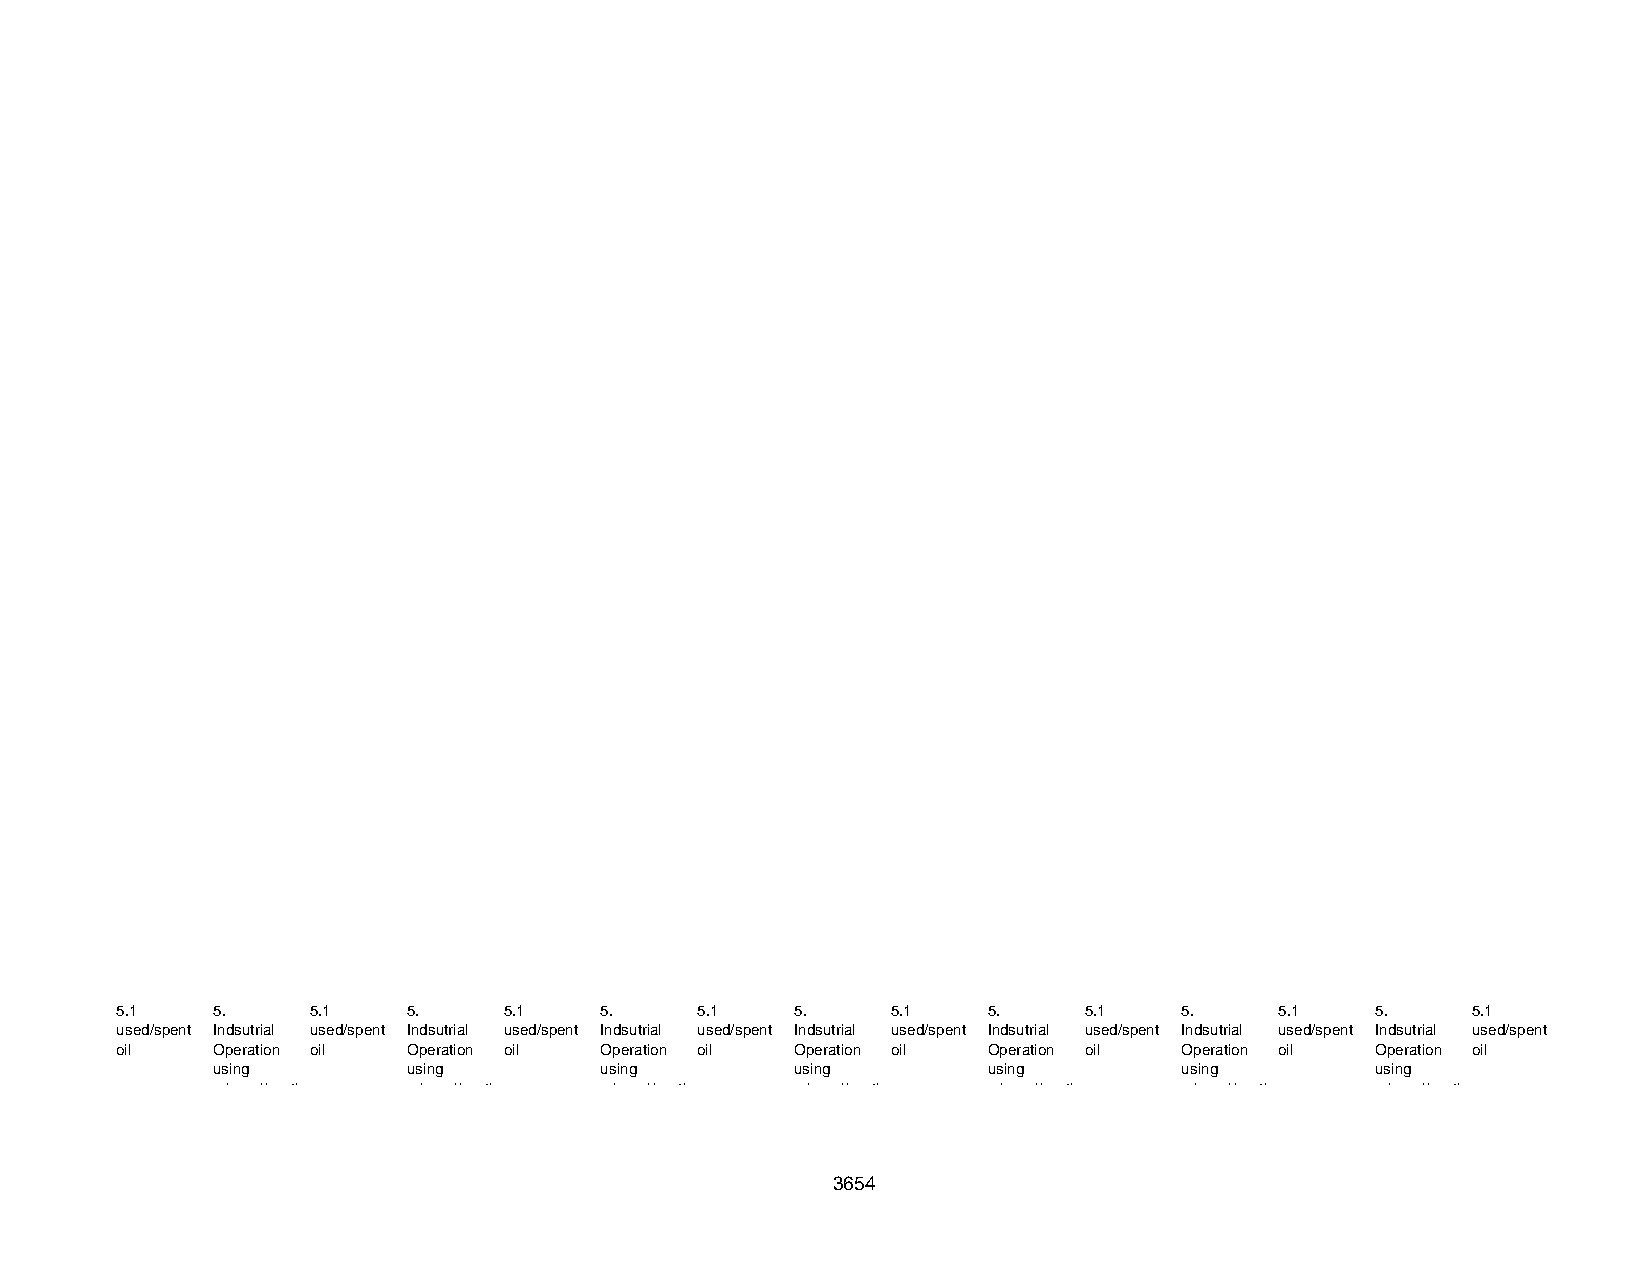
5.1   5 .    5 . 1 5 .   5 . 1  5 .   5 . 1  5 .   5 . 1 5 .    5 . 1 5 .    5 . 1 5 .   5 . 1
 used/spent Indsutrial used/spent Indsutrial used/spent Indsutrial used/spent Indsutrial used/spent Indsutrial used/spent Indsutrial used/spent Indsutrial used/spent
 oil   Operation oil Operation oil Operation oil Operation oil Operation oil Operation oil Operation oil
 using        using        using        using       using        using        using
 mineral/synth mineral/synth mineral/synth mineral/synth mineral/synth mineral/synth mineral/synth
 3654